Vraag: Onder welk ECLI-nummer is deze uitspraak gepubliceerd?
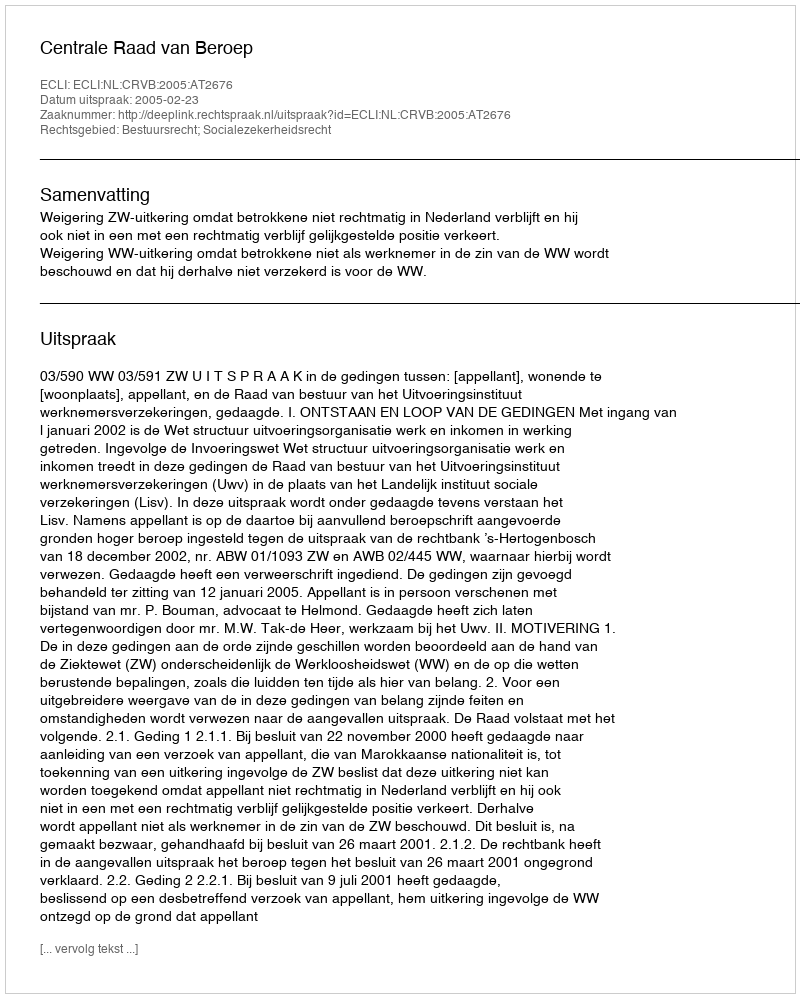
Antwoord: ECLI:NL:CRVB:2005:AT2676